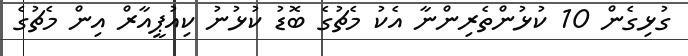
ގުޅިގެން 10 ކުޅުންތެރިންނާ އެކު މެޗުގެ ބޮޑު ކުޅުނު ކިއުޕީއާރް އިން މެޗުގެ